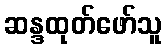
ဆန္ဒထုတ်ဖော်သူ